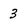
Character: 3